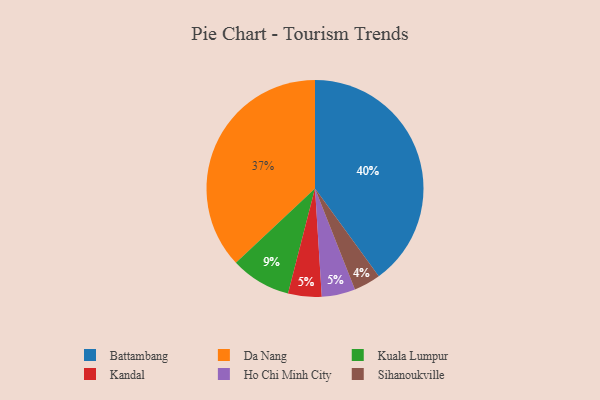
{"axis": {"x": "Category", "y": "Percentage"}, "legend": ["Battambang", "Da Nang", "Ho Chi Minh City", "Kandal", "Kuala Lumpur", "Sihanoukville"], "data": [{"x": "Da Nang", "y": 37, "type": "Da Nang"}, {"x": "Battambang", "y": 40, "type": "Battambang"}, {"x": "Kandal", "y": 5, "type": "Kandal"}, {"x": "Ho Chi Minh City", "y": 5, "type": "Ho Chi Minh City"}, {"x": "Kuala Lumpur", "y": 9, "type": "Kuala Lumpur"}, {"x": "Sihanoukville", "y": 4, "type": "Sihanoukville"}]}